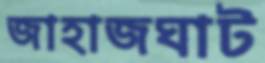
জাহাজঘাট